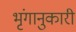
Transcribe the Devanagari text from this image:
भृंगानुकारी